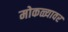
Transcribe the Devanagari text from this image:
मोकळ्यावर